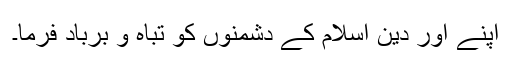
اپنے اور دین اسلام کے دشمنوں کو تباہ و برباد فرما۔